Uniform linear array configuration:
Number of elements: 32
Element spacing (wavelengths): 0.5
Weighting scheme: binomial
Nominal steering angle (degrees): -45
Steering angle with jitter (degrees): -43.866
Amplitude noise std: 0.05
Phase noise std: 0.05

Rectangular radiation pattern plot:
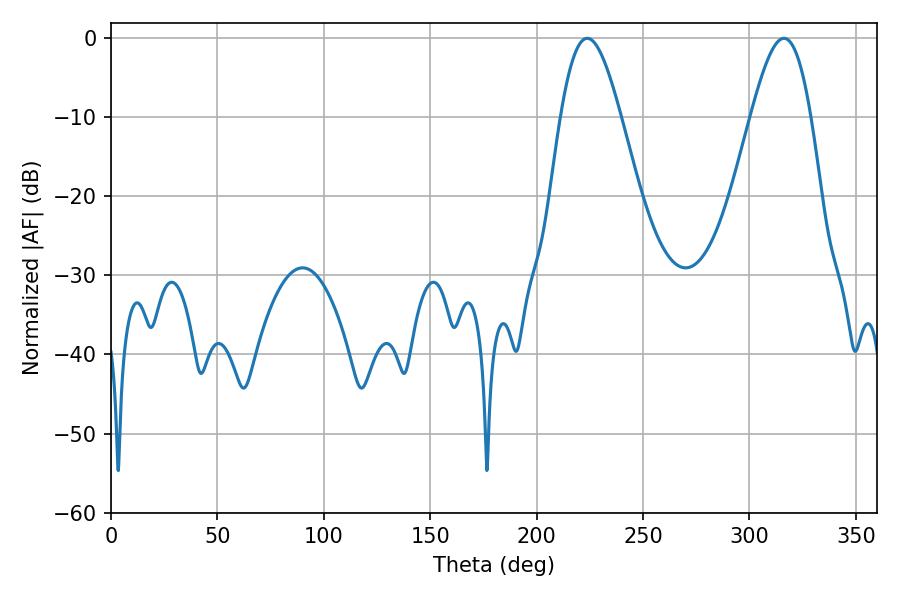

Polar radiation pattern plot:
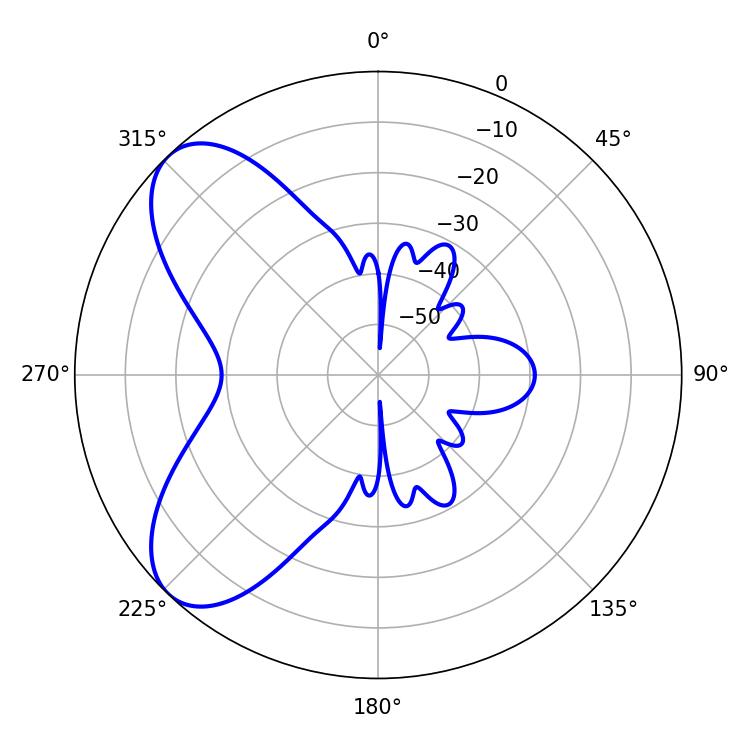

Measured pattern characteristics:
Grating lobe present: FALSE
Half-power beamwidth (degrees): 15.12
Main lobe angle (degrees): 223.74